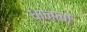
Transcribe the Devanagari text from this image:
ध्‍ानला